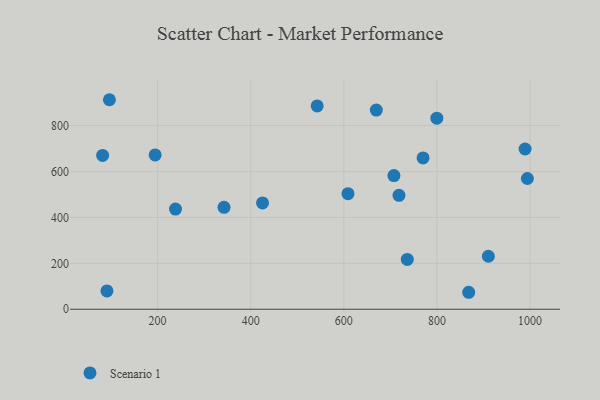
{"axis": {"x": "Investment", "y": "Fuel Efficiency"}, "legend": ["Scenario 1"], "data": [{"x": "989.2", "y": 698.1, "type": "Scenario 1"}, {"x": "342.7", "y": 444.0, "type": "Scenario 1"}, {"x": "707.5", "y": 582.3, "type": "Scenario 1"}, {"x": "194.8", "y": 672.2, "type": "Scenario 1"}, {"x": "669.7", "y": 867.7, "type": "Scenario 1"}, {"x": "736.2", "y": 217.1, "type": "Scenario 1"}, {"x": "770.1", "y": 659.2, "type": "Scenario 1"}, {"x": "96.6", "y": 912.9, "type": "Scenario 1"}, {"x": "868.1", "y": 73.9, "type": "Scenario 1"}, {"x": "608.9", "y": 503.7, "type": "Scenario 1"}, {"x": "910.3", "y": 230.9, "type": "Scenario 1"}, {"x": "91.3", "y": 79.6, "type": "Scenario 1"}, {"x": "238.5", "y": 436.6, "type": "Scenario 1"}, {"x": "82.0", "y": 670.2, "type": "Scenario 1"}, {"x": "799.7", "y": 832.3, "type": "Scenario 1"}, {"x": "425.4", "y": 463.1, "type": "Scenario 1"}, {"x": "718.4", "y": 496.4, "type": "Scenario 1"}, {"x": "542.7", "y": 886.1, "type": "Scenario 1"}, {"x": "994.1", "y": 569.6, "type": "Scenario 1"}]}